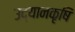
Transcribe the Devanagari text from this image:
उद्यानकृषि